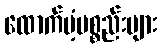
ထောက်ပံ့ပစ္စည်းများ